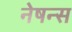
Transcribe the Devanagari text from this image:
नेषन्स